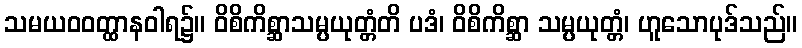
သမယဝဝတ္ထာနဝါရ၌။ ဝိစိကိစ္ဆာသမ္ပယုတ္တံတိ ပဒံ၊ ဝိစိကိစ္ဆာ သမ္ပယုတ္တံ၊ ဟူသောပုဒ်သည်။